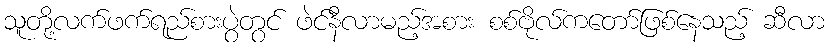
သူတို့လက်ဖက်ရည်စားပွဲတွင် ဖဲင်နီလာမည့်အစား စစ်ဗိုလ်ကတော်ဖြစ်နေသည့် ဆီလာ